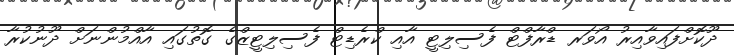
ދޫކޮށްފައިވާއިރު އޯވަރ ޑްރާފްޓް ފެސިލިޓީ އާއި ކްރެޑިޓް ފެސިލިޓީޒްގެ ގޮތުގައި އާއްމުންނަށް ދޫނުކުރާ